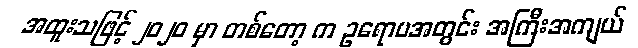
အထူးသဖြင့် ၂၀၂၀ မှာ တစ်တော့ က ဥရောပအတွင်း အကြီးအကျယ်